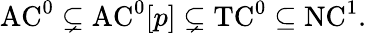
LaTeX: {\mathrm{AC}}^{0}\subsetneq{\mathrm{AC}}^{0}[p]\subsetneq{\mathrm{TC}}^{0}\subseteq{\mathrm{NC}}^{1}.